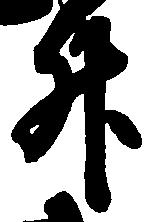
升